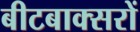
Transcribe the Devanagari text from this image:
बीटबाक्सरों